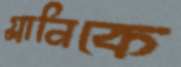
গ্লানিকে